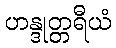
ဟန္ဒုတ္တရီယံ